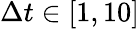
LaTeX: \Delta t\in[1,10]